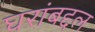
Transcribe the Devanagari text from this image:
घरांबद्दल